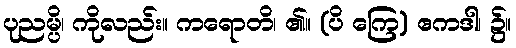
ပုညမ္ပိ၊ ကိုလည်း။ ကရောတိ၊ ၏။ (ပိ ကြေ) ဧကဒါ၊ ၌။